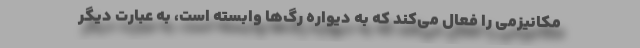
مکانیزمی را فعال می‌کند که به دیواره رگ‌ها وابسته است، به عبارت دیگر